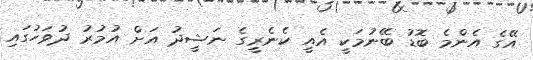
އޭގެ އެންމެ ބޮޑު ބޭނުމަކީ އެއީ ކެނެރީގެ ނަޝީދު އަށް އުމުރު ދުވަހުގައި